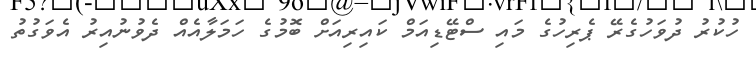
ހުކުރު ދުވަހުގެރޭ ޕެރިހުގެ މައި ސްޓޭޑިއަމް ކައިރިއަށް ބޮމުގެ ހަމަލާއެއް ދެވުނުއިރު އެވަގުތު